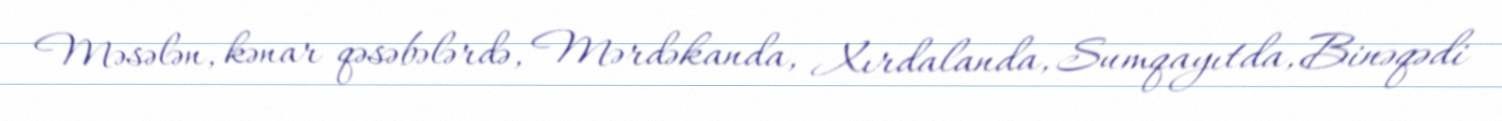
Məsələn, kənar qəsəbələrdə, Mərdəkanda, Xırdalanda, Sumqayıtda, Binəqədi